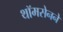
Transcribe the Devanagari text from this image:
थॉमसेनने